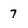
Character: 7